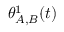
\theta _ { A , B } ^ { 1 } ( t )